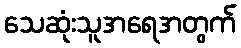
သေဆုံးသူအရေအတွက်